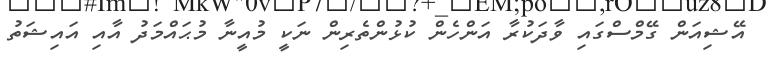
އޭޝިއަން ގޭމްސްގައި ވާދަކުރާ އަންހެން ކުޅުންތެރިން ނަކީ މުއީނާ މުޙައްމަދު އާއި އައިޝަތު